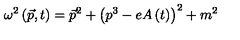
\omega ^ { 2 } \left( \vec { p } , t \right) = \vec { p } ^ { 2 } + \left( p ^ { 3 } - e A \left( t \right) \right) ^ { 2 } + m ^ { 2 }